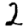
Digit: 2